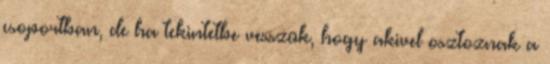
csoportban, de ha tekintetbe vesszük, hogy akivel osztoznak a